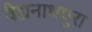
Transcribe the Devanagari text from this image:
वैद्यनाथपुरा